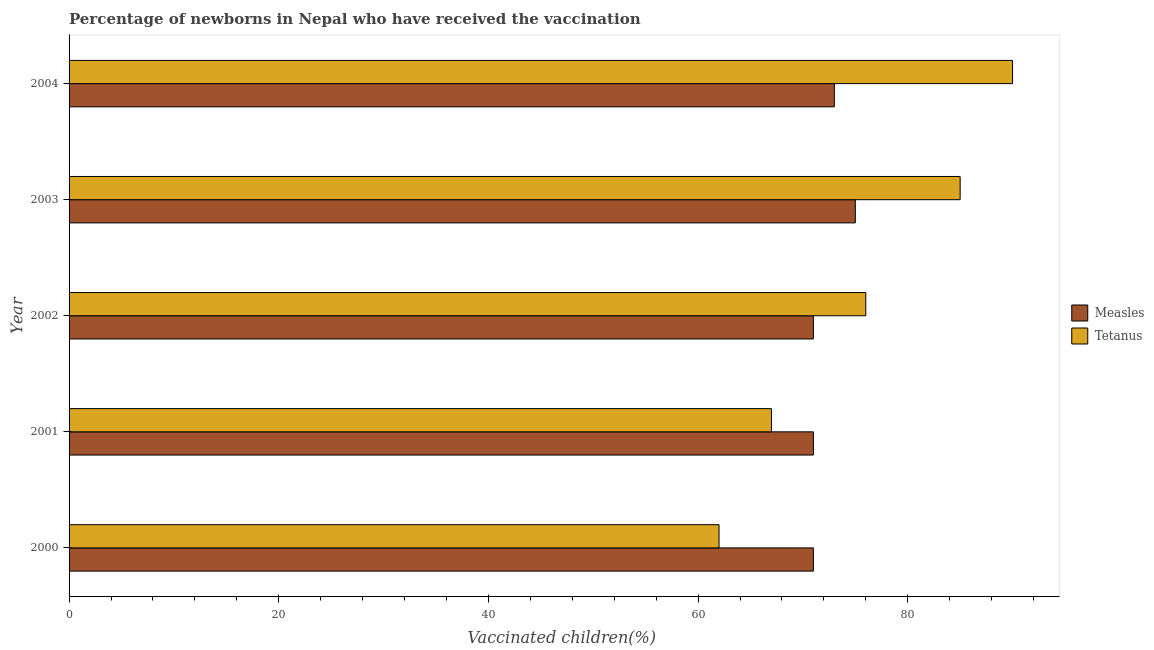
| Year | Measles | Tetanus |
 | --- | --- | --- |
 | 2000 | 71 | 62 |
 | 2001 | 71 | 67 |
 | 2002 | 71 | 76 |
 | 2003 | 75 | 85 |
 | 2004 | 73 | 90 |